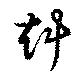
赳